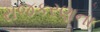
રાજકરણના